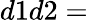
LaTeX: d1d2=